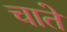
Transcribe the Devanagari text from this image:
चाते